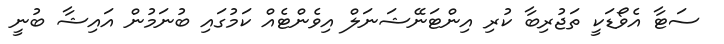
ސަޓާ އެވޯޑަކީ ތަޖުރިބާ ކުރި އިންޓަނޭޝަނަލް އިވެންޓެއް ކަމުގައި ބުނަމުން އައިޝާ ބުނީ